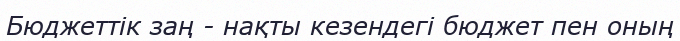
Бюджеттік заң - нақты кезендегі бюджет пен оның